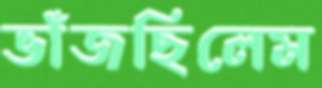
ভাঁজছিলেম